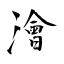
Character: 澮